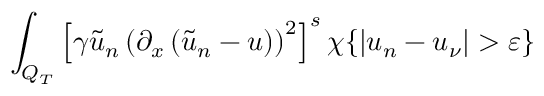
\int _ { Q _ { T } } \left[ \gamma \tilde { u } _ { n } \left( \partial _ { x } \left( \tilde { u } _ { n } - u \right) \right) ^ { 2 } \right] ^ { s } \chi \{ | u _ { n } - u _ { \nu } | > \varepsilon \}